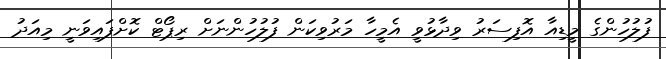
ފުލުހުންގެ މީޑިއާ އޮފިސަރު ވިދާޅުވީ އެމީހާ މަރުވިކަން ފުލުހުންނަށް ރިޕޯޓް ކޮށްފައިވަނީ މިއަދު